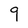
Character: 9